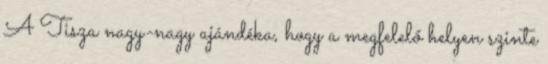
A Tisza nagy-nagy ajándéka, hogy a megfelelő helyen szinte